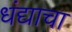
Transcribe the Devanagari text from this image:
धंद्याचा